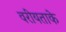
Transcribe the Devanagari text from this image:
वरीयताके